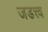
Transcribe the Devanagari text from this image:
जडत्त्व